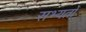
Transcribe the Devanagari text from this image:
सभ्यतों